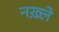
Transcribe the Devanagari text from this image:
नख़्ले